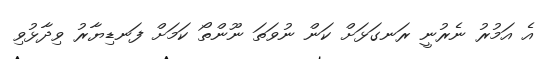
އެ އަމުރު ނެރުނީ ރަނގަޅަށް ކަން ނުވަތަ ނޫންތޯ ކަމަށް ފަނޑިޔާރު ވިދާޅުވި